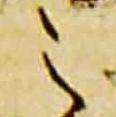
之